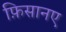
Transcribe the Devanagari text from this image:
फ़िसानए